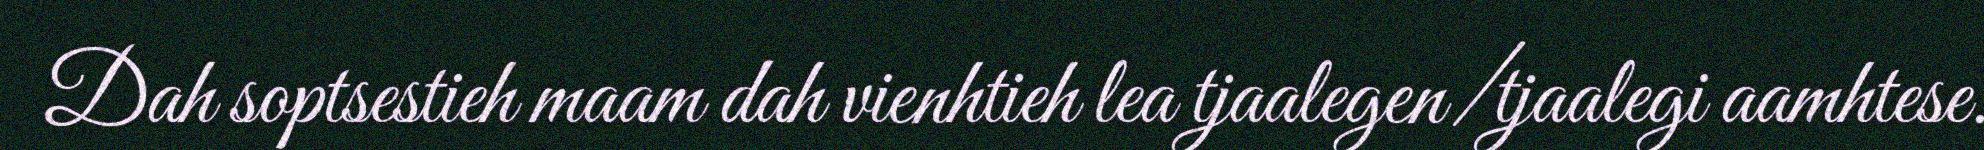
Dah soptsestieh maam dah vienhtieh lea tjaalegen/tjaalegi aamhtese.